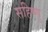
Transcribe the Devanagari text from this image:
सहिष्‍णु